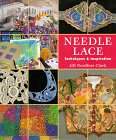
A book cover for Needle Lace: Techniques & Inspiration; Jill Nordfors Clark; Crafts, Hobbies & Home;